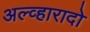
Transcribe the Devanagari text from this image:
अल्व्हारादो